DOW-UAP-D48, Department of the Air Force Report, 1996
Agency: Department of War
Incident date: 9/10/96
Page 108
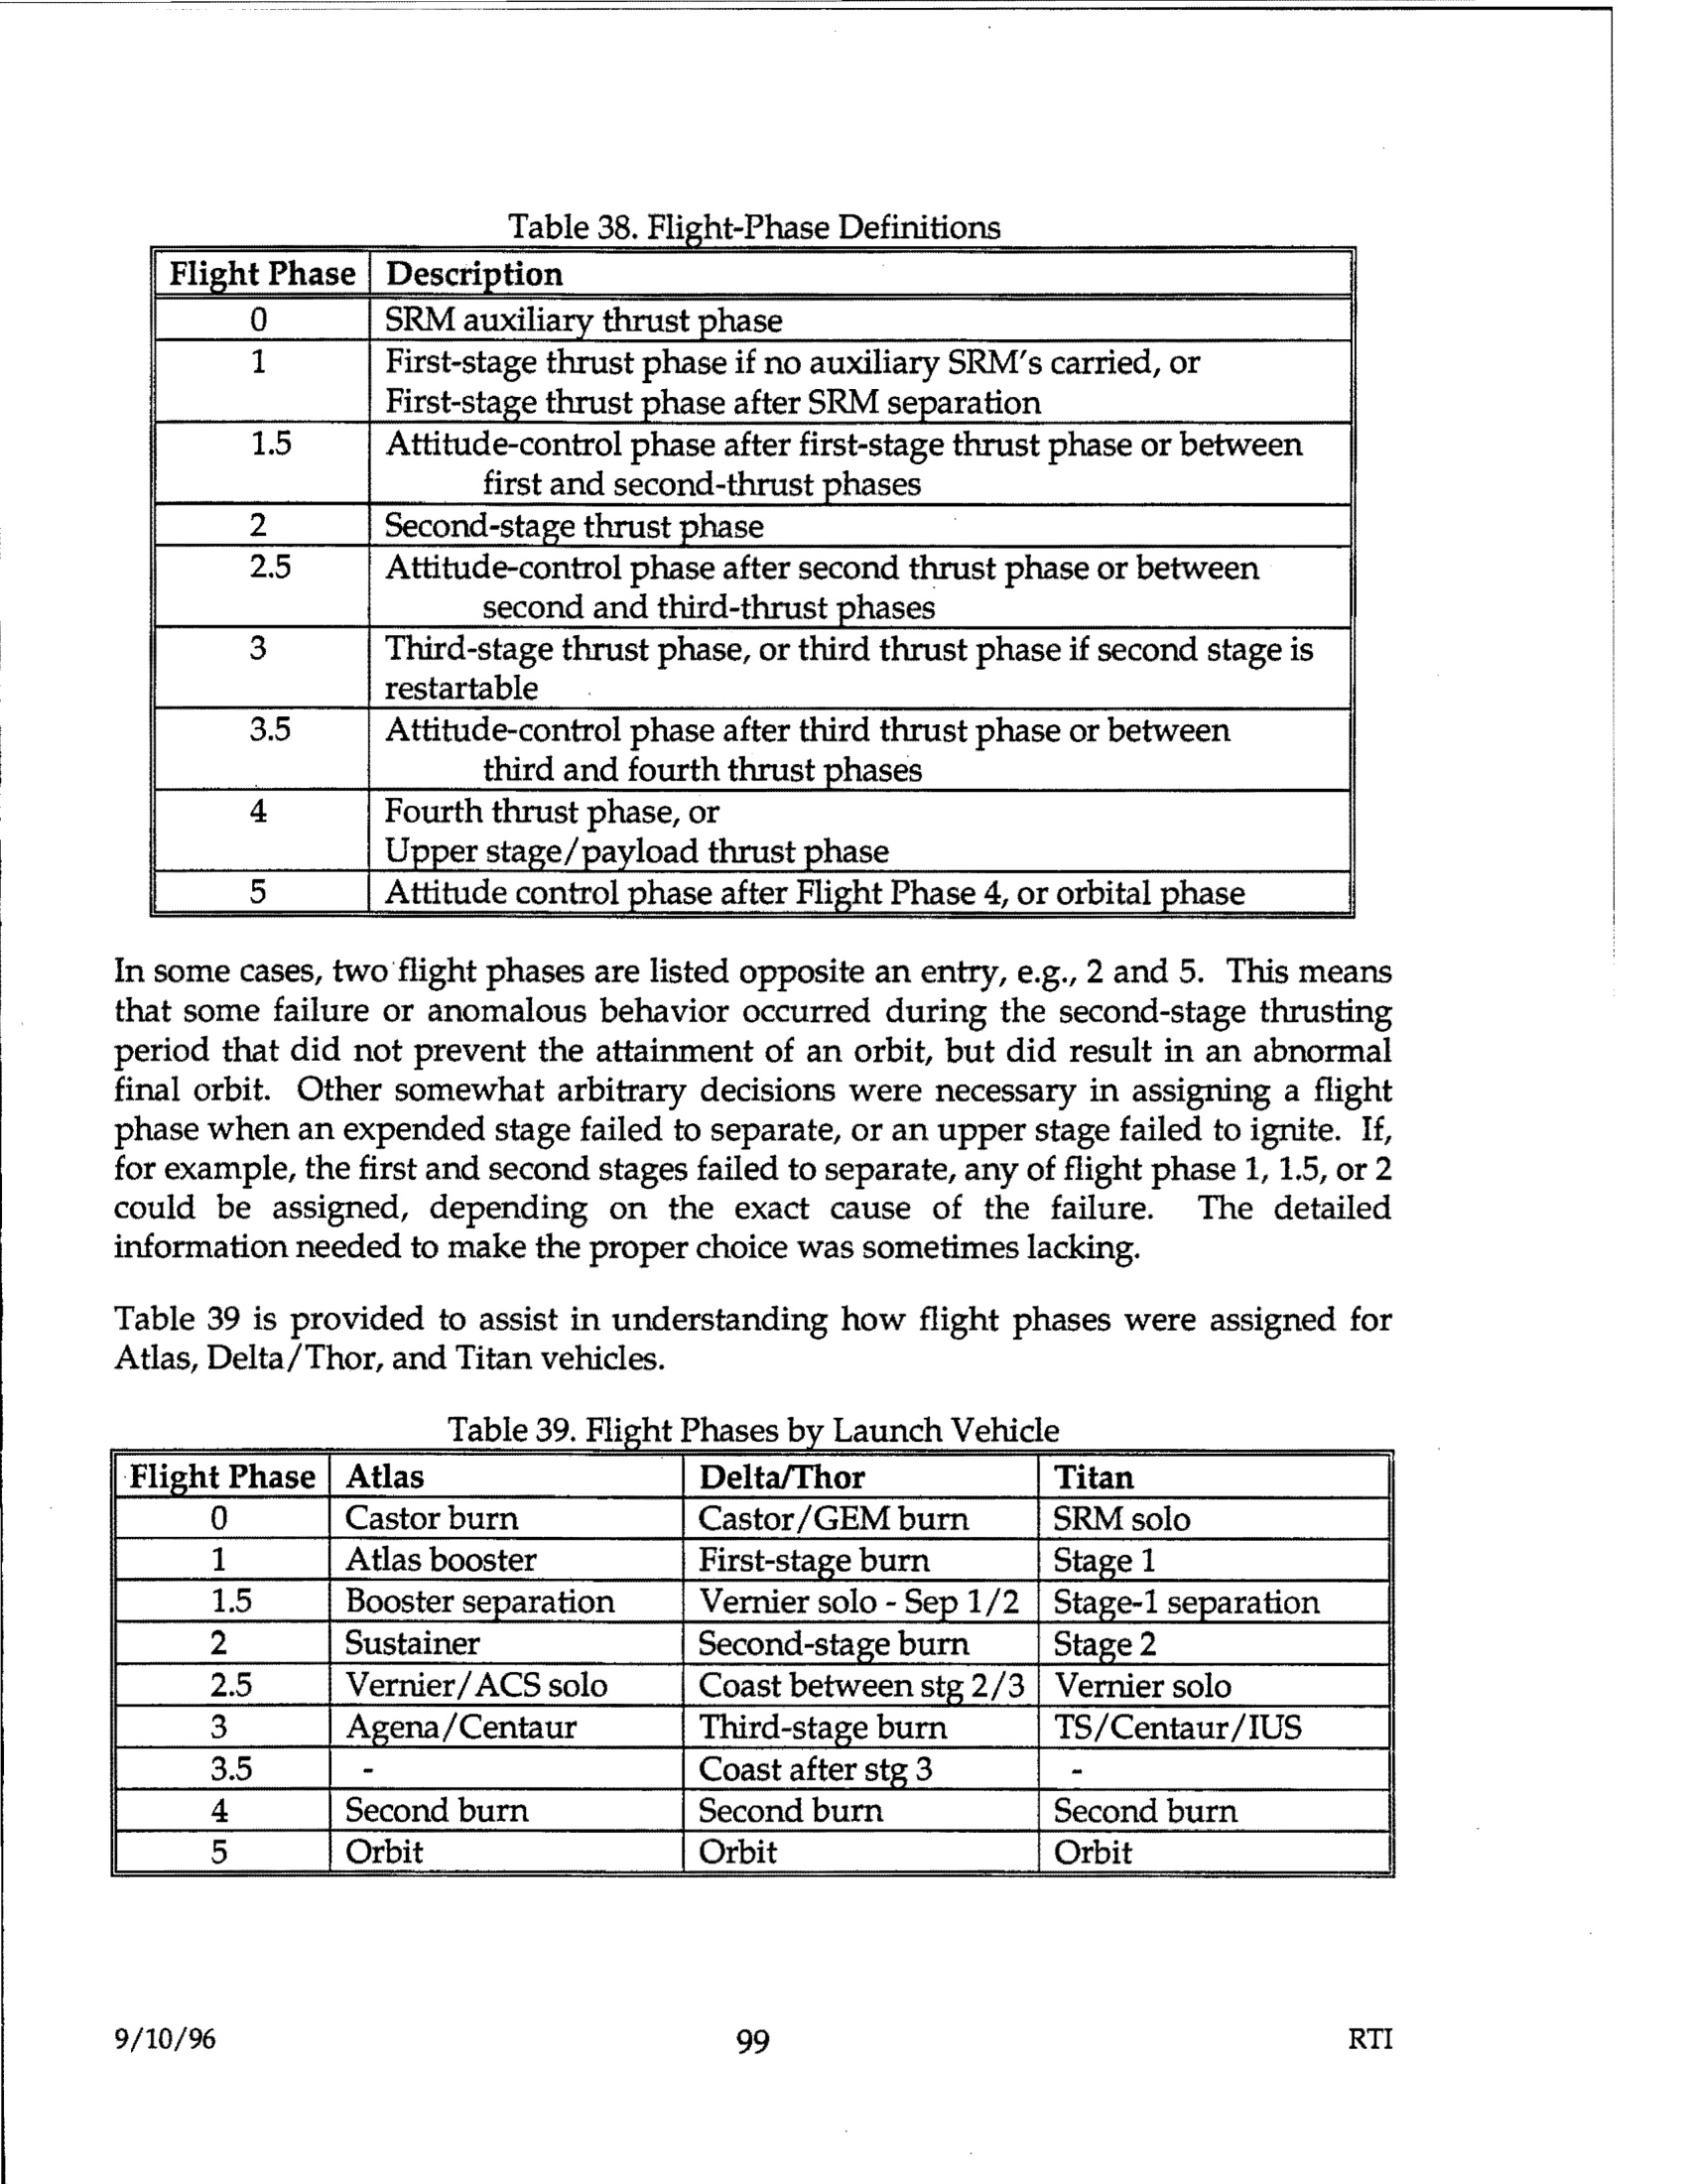